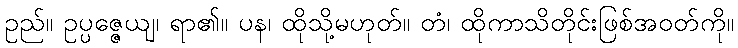
ဥည်။ ဥပ္ပဇ္ဇေယျ၊ ရာ၏။ ပန၊ ထိုသို့မဟုတ်။ တံ၊ ထိုကာသိတိုင်းဖြစ်အဝတ်ကို။